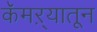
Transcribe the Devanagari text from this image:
कॅमऱ्यातून